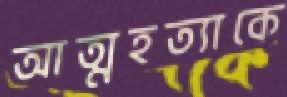
আত্মহত্যাকে